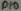
Text: D10